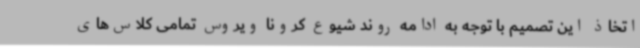
اتخاذ این تصمیم با توجه به ادامه روند شیوع کرونا ویروس تمامی کلاس‌های